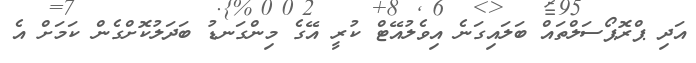
އަދި ޕްރޮޕޯސަލްތައް ބަލައިގަނެ އިވެލުއޭޓް ކުރީ އޭގެ މިންގަނޑު ބަދަލުކޮށްގެން ކަމަށް އެ